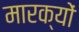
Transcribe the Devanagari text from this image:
मारक्यों